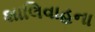
શાલિવાહના